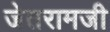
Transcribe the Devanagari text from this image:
जेतरामजी